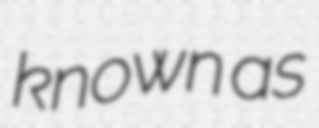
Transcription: known as